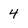
Character: 4